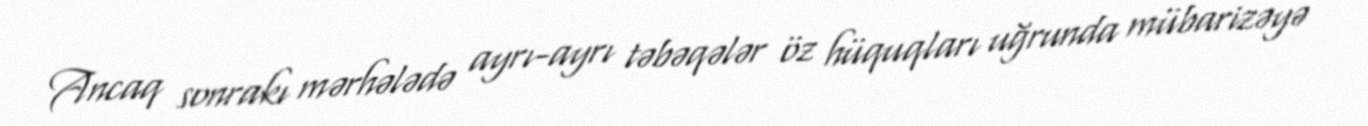
Ancaq sonrakı mərhələdə ayrı-ayrı təbəqələr öz hüquqları uğrunda mübarizəyə